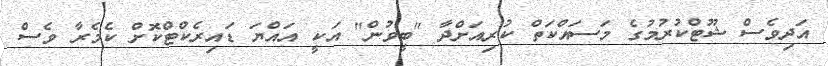
އަދިވެސް ޝޫޓްކުރުމުގެ މަސައްކަތް ކުރިއަށްދާ "ބީވުން" އަކީ އައްޔަ ޑައިރެކްޓްކޮށް ކެމެރާ ވެސް